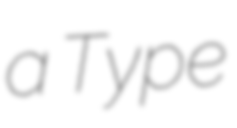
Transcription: a Type